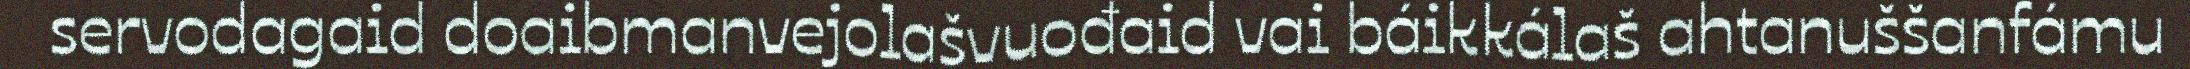
servodagaid doaibmanvejolašvuođaid vai báikkálaš ahtanuššanfámu